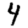
Digit: 4